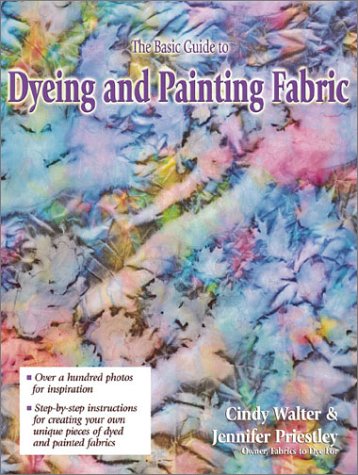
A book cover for The Basic Guide to Dyeing & Painting Fabric; Cindy Walter; Crafts, Hobbies & Home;